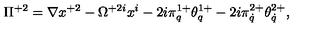
\Pi ^ { + 2 } = \nabla x ^ { + 2 } - \Omega ^ { + 2 i } x ^ { i } - 2 i \pi _ { q } ^ { 1 + } \theta _ { q } ^ { 1 + } - 2 i \pi _ { \dot { q } } ^ { 2 + } \theta _ { \dot { q } } ^ { 2 + } ,